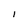
Character: I